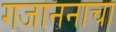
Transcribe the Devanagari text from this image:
गजाननाचा